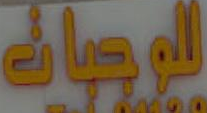
للوجبات